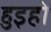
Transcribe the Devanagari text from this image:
हुइहो